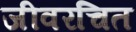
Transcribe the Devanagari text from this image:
जीवरचित